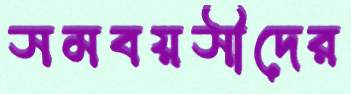
সমবয়সীদের